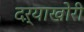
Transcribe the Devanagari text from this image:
दऱ्‍याखोरी